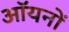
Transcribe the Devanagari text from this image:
ऑयनों